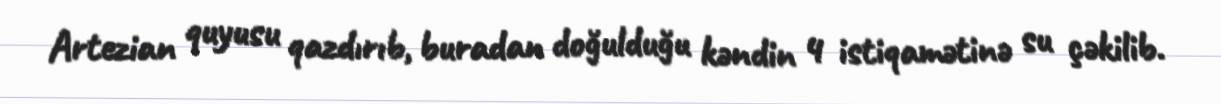
Artezian quyusu qazdırıb, buradan doğulduğu kəndin 4 istiqamətinə su çəkilib.